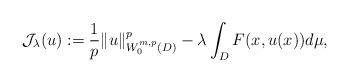
LaTeX: \begin{align*}\begin{aligned}\mathcal J_\lambda(u)& :=\frac{1}{p}\|u\|_{W^{m,p}_0(D)}^p-\lambda\int_D F(x, u(x))d\mu,\end{aligned}\end{align*}